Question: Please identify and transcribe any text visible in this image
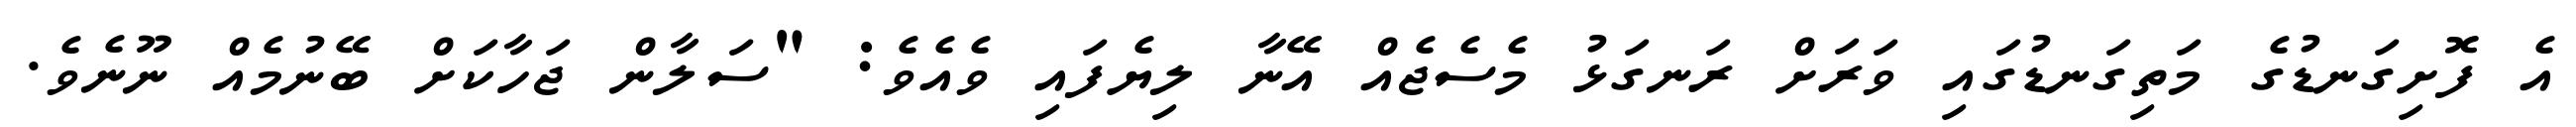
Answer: އެ ފޮށިގަނޑުގެ މަތިގަނޑުގައި ވަރަށް ރަނގަޅު މެސެޖެއް އޭނާ ލިޔެފައި ވެއެވެ: "ސަލާން ޖަހާކަށް ބޭނުމެއް ނޫނެވެ.